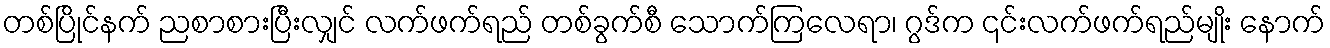
တစ်ပြိုင်နက် ညစာစားပြီးလျှင် လက်ဖက်ရည် တစ်ခွက်စီ သောက်ကြလေရာ၊ ဂွဒ်က ၎င်းလက်ဖက်ရည်မျိုး နောက်